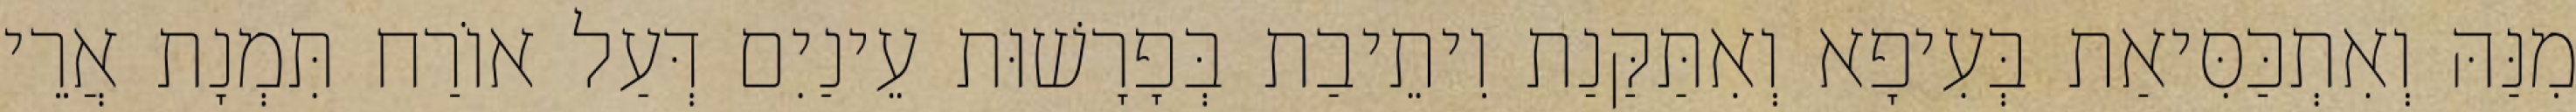
מִנַּהּ וְאִתְכַּסִּיאַת בְּעִיפָא וְאִתַּקַּנַת וִיתֵיבַת בְּפָרָשׁוּת עֵינַיִם דְּעַל אוֹרַח תִּמְנָת אֲרֵי